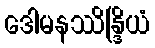
ဒေါမနဿိန္ဒြိယံ